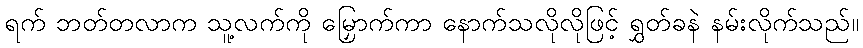
ရက် ဘတ်တလာက သူ့လက်ကို မြှောက်ကာ နောက်သလိုလိုဖြင့် ရွှတ်ခနဲ နမ်းလိုက်သည်။